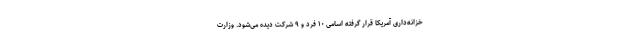
خزانه‌داری آمریکا قرار گرفته اسامی ۱۰ فرد و ۹ شرکت دیده می‌شود. وزارت